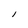
Character: l